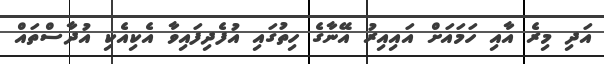
އަދި މިރެ އާއި ހަމައަށް އައިއިރު އޭނާގެ ހިތުގައި އުފެދިފައިވާ އެކިއެކި އުދާސްތައް